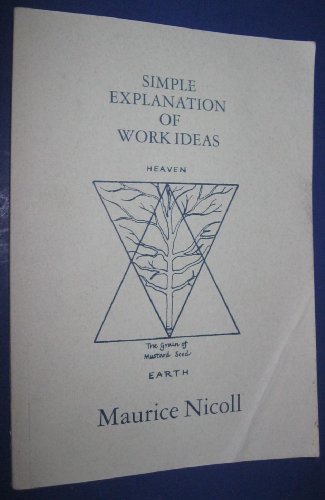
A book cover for Simple Explanation of Work Ideas; Maurice Nicoll; Health, Fitness & Dieting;